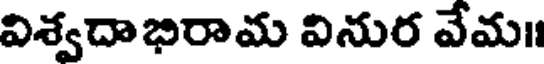
విశ్వదాభిరామ వినుర వేమ॥